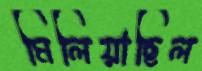
মিলিয়াছিল